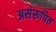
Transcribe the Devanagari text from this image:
असंरूपित